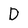
Character: D